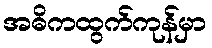
အဓိကထွက်ကုန်မှာ